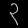
Digit: ၃